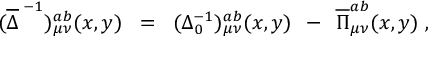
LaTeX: ( \overline { { { \Delta } } } ^ { \; - 1 } ) _ { \mu \nu } ^ { a b } ( x , y ) \; \; = \; \; ( \Delta _ { 0 } ^ { - 1 } ) _ { \mu \nu } ^ { a b } ( x , y ) \; \, - \; \, \overline { { { \Pi } } } _ { \mu \nu } ^ { a b } ( x , y ) \; ,